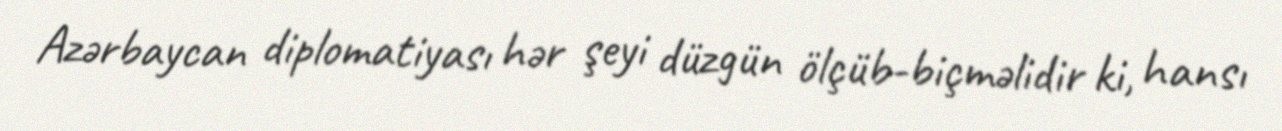
Azərbaycan diplomatiyası hər şeyi düzgün ölçüb-biçməlidir ki, hansı